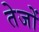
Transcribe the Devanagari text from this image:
तेजों